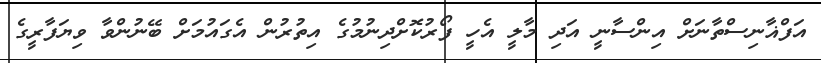
އަފްޣާނިސްތާނަށް އިންސާނީ އަދި މާލީ އެހީ ފޯރުކޮށްދިނުމުގެ އިތުރުން އެގައުމަށް ބޭނުންވާ ވިޔަފާރީގެ